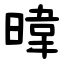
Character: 暐